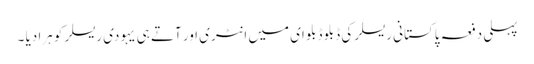
پہلی دفعہ پاکستانی ریسلر کی ڈبلو ڈبلو ای میں انٹری اور آتے ہی یہودی ریسلر کو ہرا دیا ۔